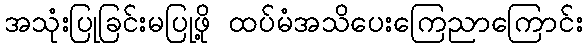
အသုံးပြုခြင်းမပြုဖို့ ထပ်မံအသိပေးကြေညာကြောင်း